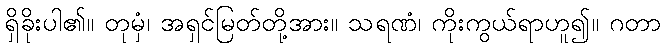
ရှိခိုးပါ၏။ တုမှံ၊ အရှင်မြတ်တို့အား။ သရဏံ၊ ကိုးကွယ်ရာဟူ၍။ ဂတာ